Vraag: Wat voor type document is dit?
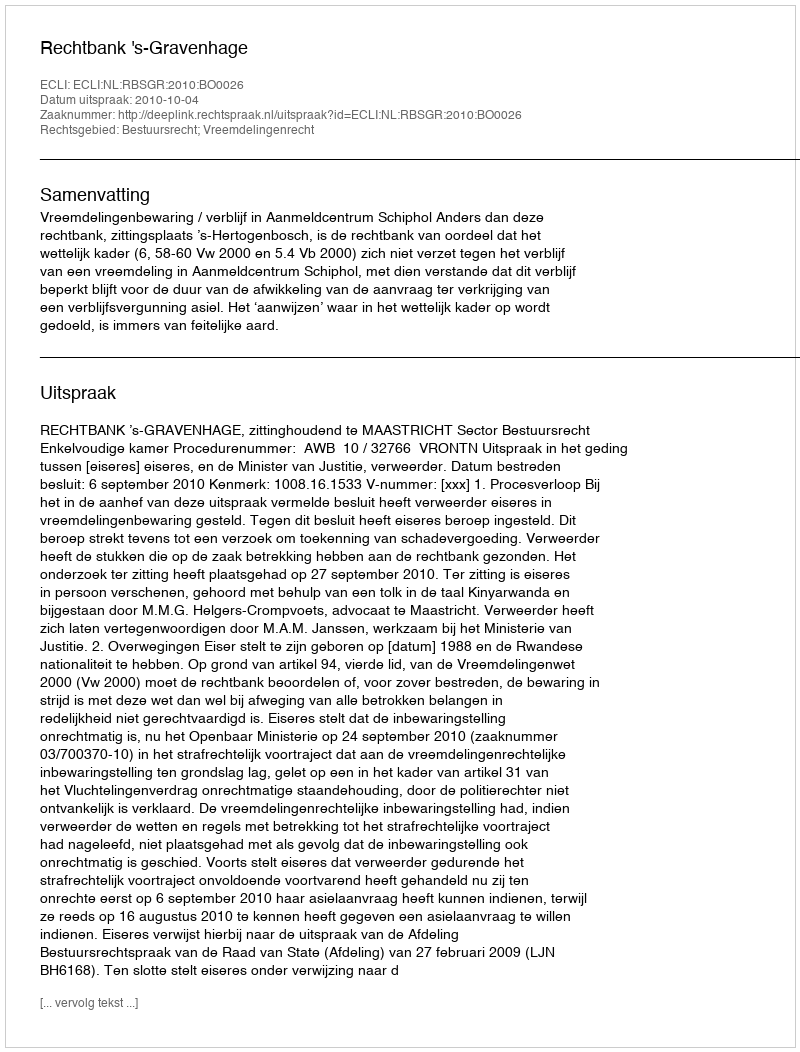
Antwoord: Uitspraak